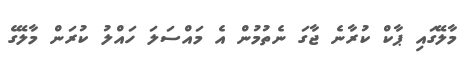
މާލޭގައި ޕާކް ކުރާނެ ޖާގަ ނެތުމުން އެ މައްސަލަ ހައްލު ކުރަން މާލޭގެ